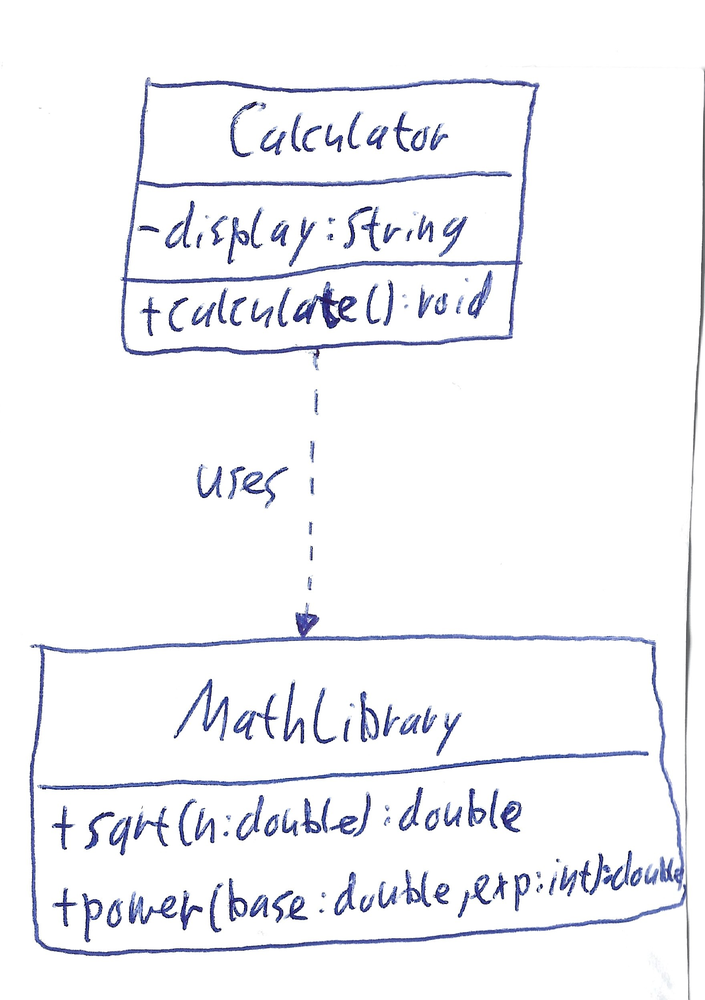
Diagram type: class_diagram
```plantuml
@startuml

class Calculator {
  - display: String
  + calculate(): void
}

class MathLibrary {
  + sqrt(n: double): double
  + power(base: double, exp: int): double
}

Calculator ..> MathLibrary : uses

@enduml
```